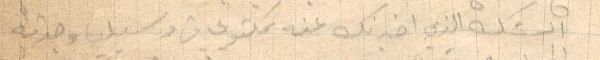
الشك الذي اخبرتك عنه مكتوبي من وسيلة وجدته